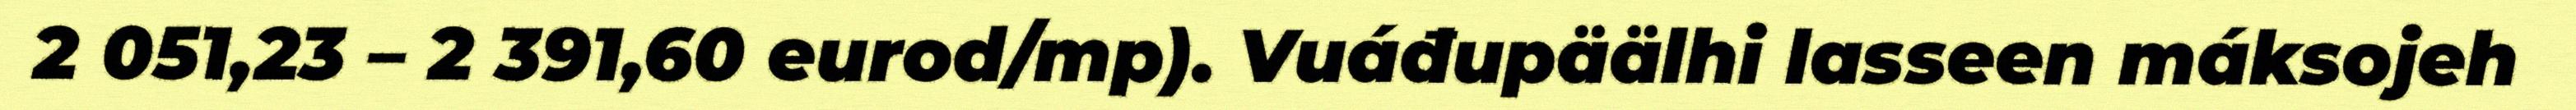
2 051,23 – 2 391,60 eurod/mp). Vuáđupäälhi lasseen máksojeh